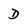
Character: D